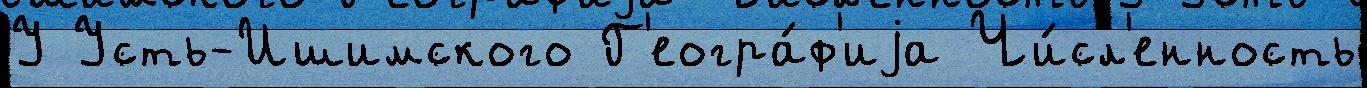
У Усть-Ишимского Г'еогра́ф'иjа Чи́сл'енность